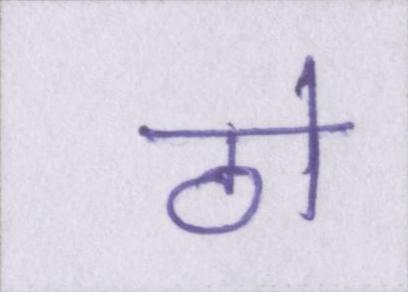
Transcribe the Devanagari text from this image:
ठो